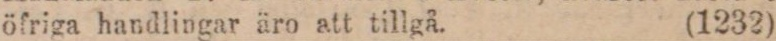
öfriga handlingar äro att tillgå. (1232)